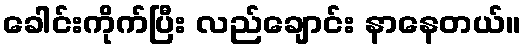
ခေါင်းကိုက်ပြီး လည်ချောင်း နာနေတယ်။